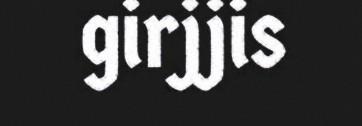
girjjis